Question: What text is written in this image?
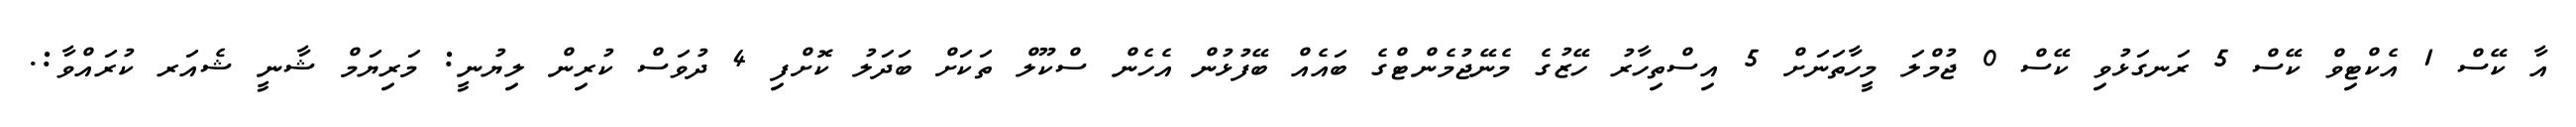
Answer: އާ ކޭސް 1 އެކްޓިވް ކޭސް 5 ރަނގަޅުވި ކޭސް 0 ޖުމްލަ މީހާތަނަށް 5 އިސްތިހާރު ހޭޒުގެ މެނޭޖުމެންޓްގެ ބައެއް ބޭފުޅުން އެހެން ސްކޫލް ތަކަށް ބަދަލު ކޮށްފި 4 ދުވަސް ކުރިން ލިޔުނީ: މަރިޔަމް ޝާނީ ޝެއަރ ކުރައްވާ:.